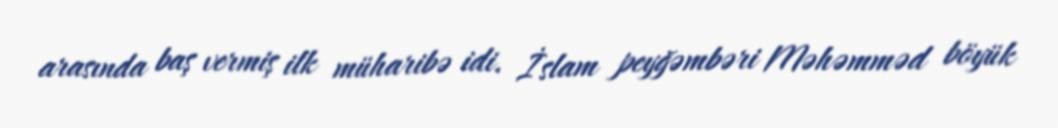
arasında baş vermiş ilk müharibə idi. İslam peyğəmbəri Məhəmməd böyük